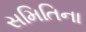
સમિતિના